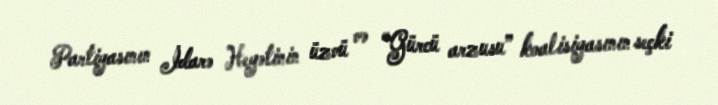
Partiyasının İdarə Heyətinin üzvü və “Gürcü arzusu” koalisiyasının seçki